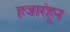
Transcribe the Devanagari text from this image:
हजारंहून